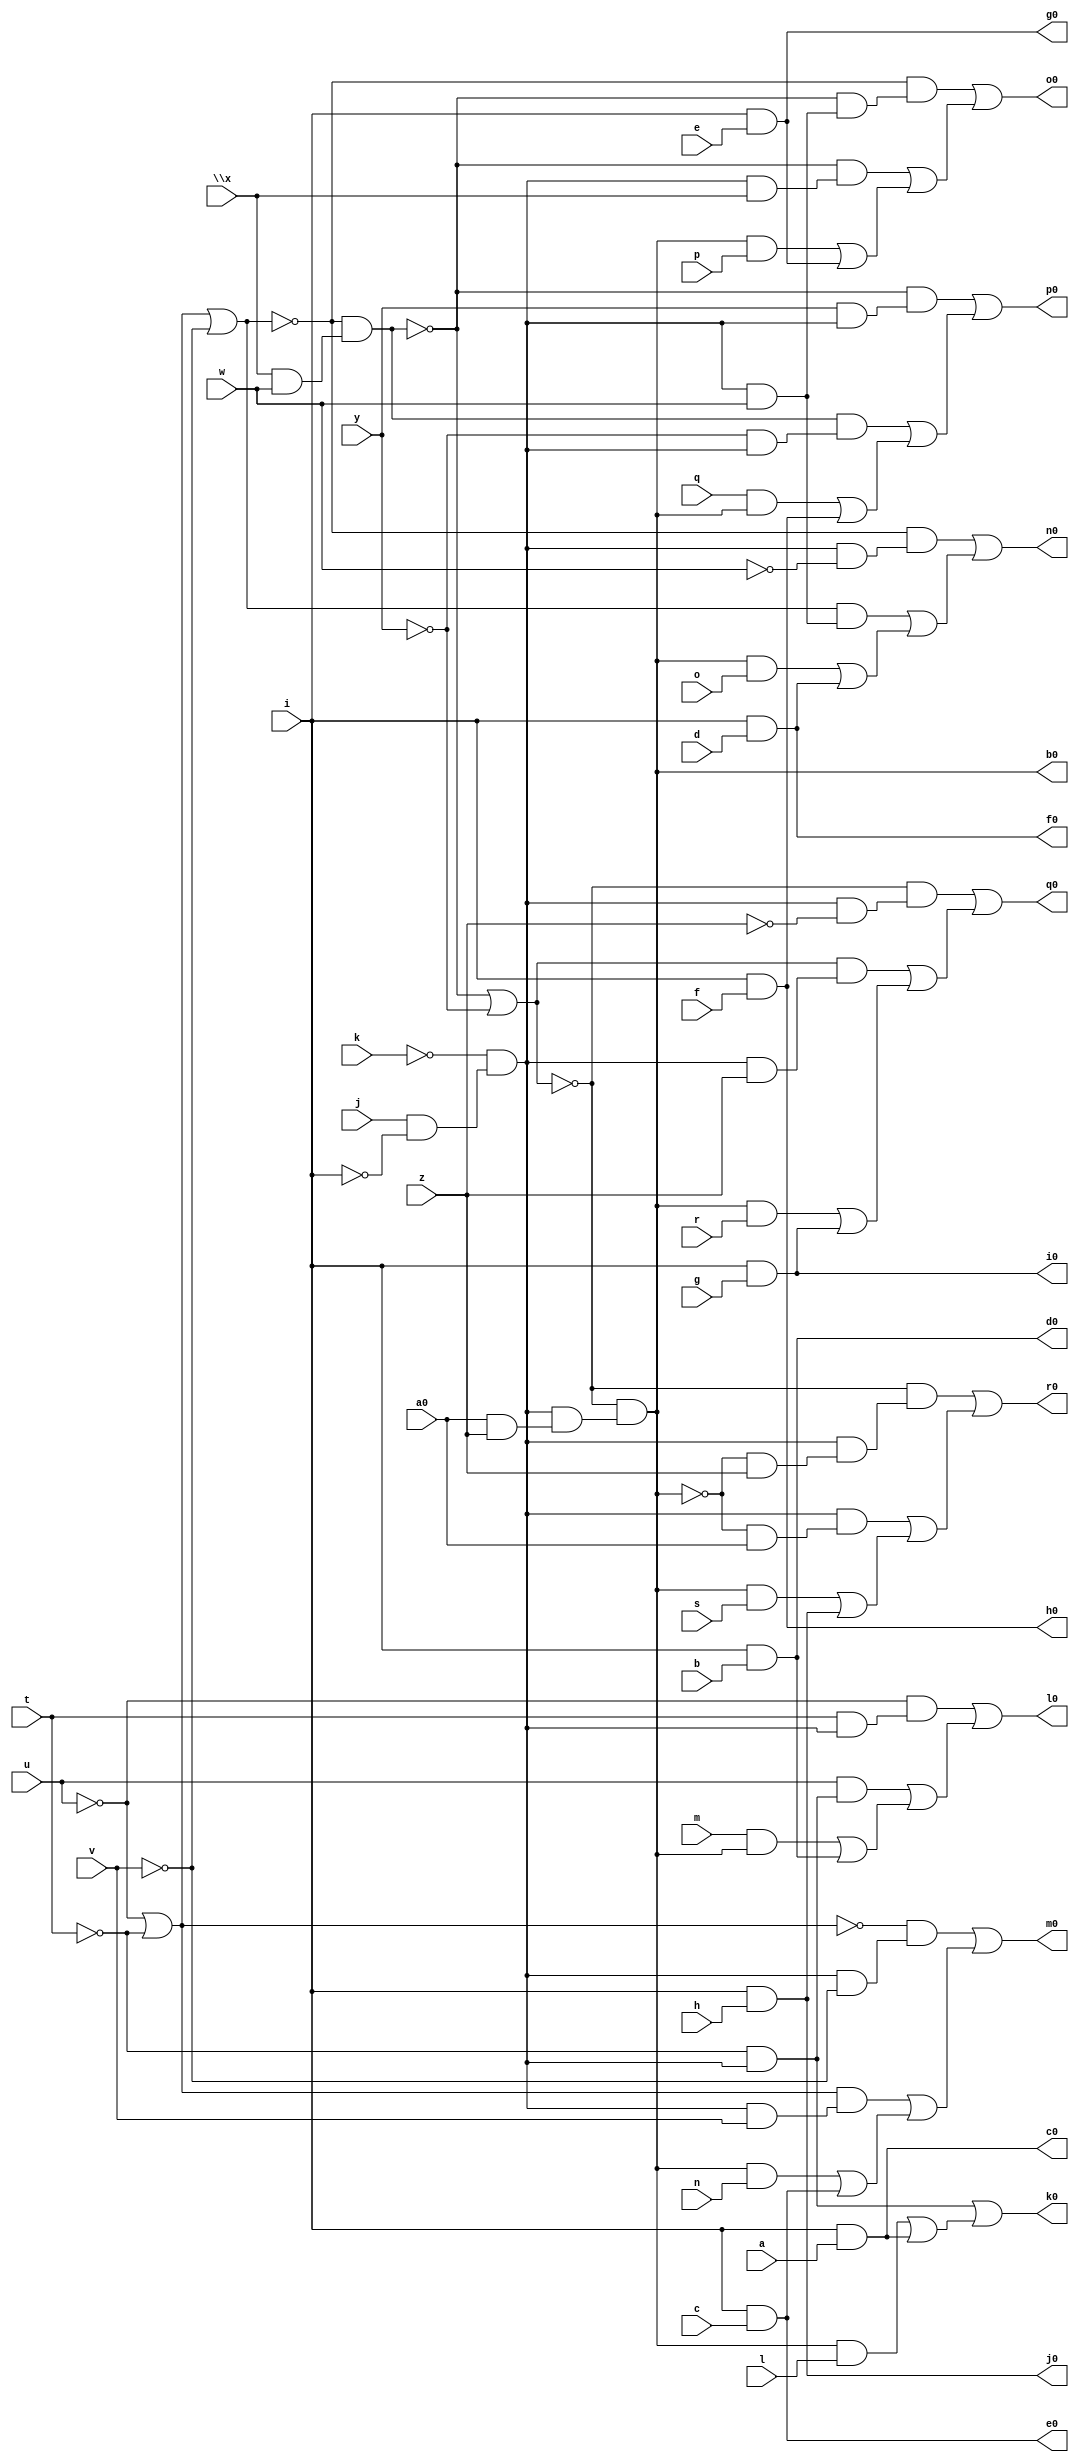
// IWLS benchmark module "pcler8_cl" printed on Wed May 29 16:09:22 2002
module pcler8_cl(a, b, c, d, e, f, g, h, i, j, k, l, m, n, o, p, q, r, s, t, u, v, w, \x , y, z, a0, b0, c0, d0, e0, f0, g0, h0, i0, j0, k0, l0, m0, n0, o0, p0, q0, r0);
input
  a,
  b,
  c,
  d,
  e,
  f,
  g,
  h,
  i,
  j,
  k,
  l,
  m,
  n,
  o,
  p,
  q,
  r,
  s,
  t,
  u,
  v,
  w,
  \x ,
  y,
  z,
  a0;
output
  k0,
  l0,
  m0,
  n0,
  o0,
  p0,
  q0,
  r0,
  b0,
  c0,
  d0,
  e0,
  f0,
  g0,
  h0,
  i0,
  j0;
wire
  \[13] ,
  \[14] ,
  \[15] ,
  \[16] ,
  \[17] ,
  \[18] ,
  \[19] ,
  \[0] ,
  a2,
  \[1] ,
  b2,
  \[2] ,
  \[3] ,
  \[4] ,
  \[5] ,
  \[6] ,
  \[7] ,
  \[8] ,
  \[10] ,
  \[9] ,
  \[11] ,
  \[12] ;
assign
  k0 = \[9] ,
  \[13]  = (~\[19]  & (~b2 & (a2 & w))) | ((~b2 & (a2 & \x )) | ((\[0]  & p) | \[5] )),
  l0 = \[10] ,
  \[14]  = (~b2 & (y & a2)) | ((b2 & (~y & a2)) | ((q & \[0] ) | \[6] )),
  m0 = \[11] ,
  \[15]  = (~\[18]  & (a2 & ~z)) | ((\[18]  & (a2 & z)) | ((\[0]  & r) | \[7] )),
  n0 = \[12] ,
  \[16]  = (~\[18]  & (a2 & (~\[0]  & z))) | ((a2 & (~\[0]  & a0)) | ((\[0]  & s) | \[8] )),
  o0 = \[13] ,
  \[17]  = ~u | ~t,
  p0 = \[14] ,
  \[18]  = ~b2 | ~y,
  q0 = \[15] ,
  \[19]  = \[17]  | ~v,
  r0 = \[16] ,
  \[0]  = ~\[18]  & (a2 & (a0 & z)),
  a2 = ~k & (j & ~i),
  \[1]  = i & a,
  b0 = \[0] ,
  b2 = ~\[19]  & (\x  & w),
  \[2]  = i & b,
  c0 = \[1] ,
  \[3]  = i & c,
  d0 = \[2] ,
  \[4]  = i & d,
  e0 = \[3] ,
  \[5]  = i & e,
  f0 = \[4] ,
  \[6]  = i & f,
  g0 = \[5] ,
  \[7]  = i & g,
  h0 = \[6] ,
  \[8]  = i & h,
  \[10]  = (~u & (t & a2)) | ((u & (~t & a2)) | ((m & \[0] ) | \[2] )),
  i0 = \[7] ,
  \[9]  = (a2 & ~t) | ((\[0]  & l) | \[1] ),
  \[11]  = (~\[17]  & (a2 & ~v)) | ((\[17]  & (a2 & v)) | ((\[0]  & n) | \[3] )),
  j0 = \[8] ,
  \[12]  = (~\[19]  & (a2 & ~w)) | ((\[19]  & (a2 & w)) | ((\[0]  & o) | \[4] ));
endmodule